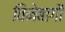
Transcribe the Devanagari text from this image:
विनेबागौ